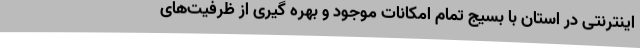
اینترنتی در استان با بسیج تمام امکانات موجود و بهره گیری از ظرفیت‌های